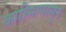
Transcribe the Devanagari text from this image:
काश्मिरपासून